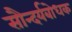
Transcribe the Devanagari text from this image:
सौन्दर्यबोधक